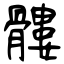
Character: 髏